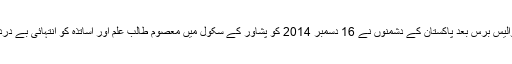
سقوط ڈھاکہ کے چوالیس برس بعد پاکستان کے دشمنوں نے 16 دسمبر 2014 کو پشاور کے سکول میں معصوم طالب علم اور اساتذہ کو انتہائی بے دردی سے شہید کر دیا۔